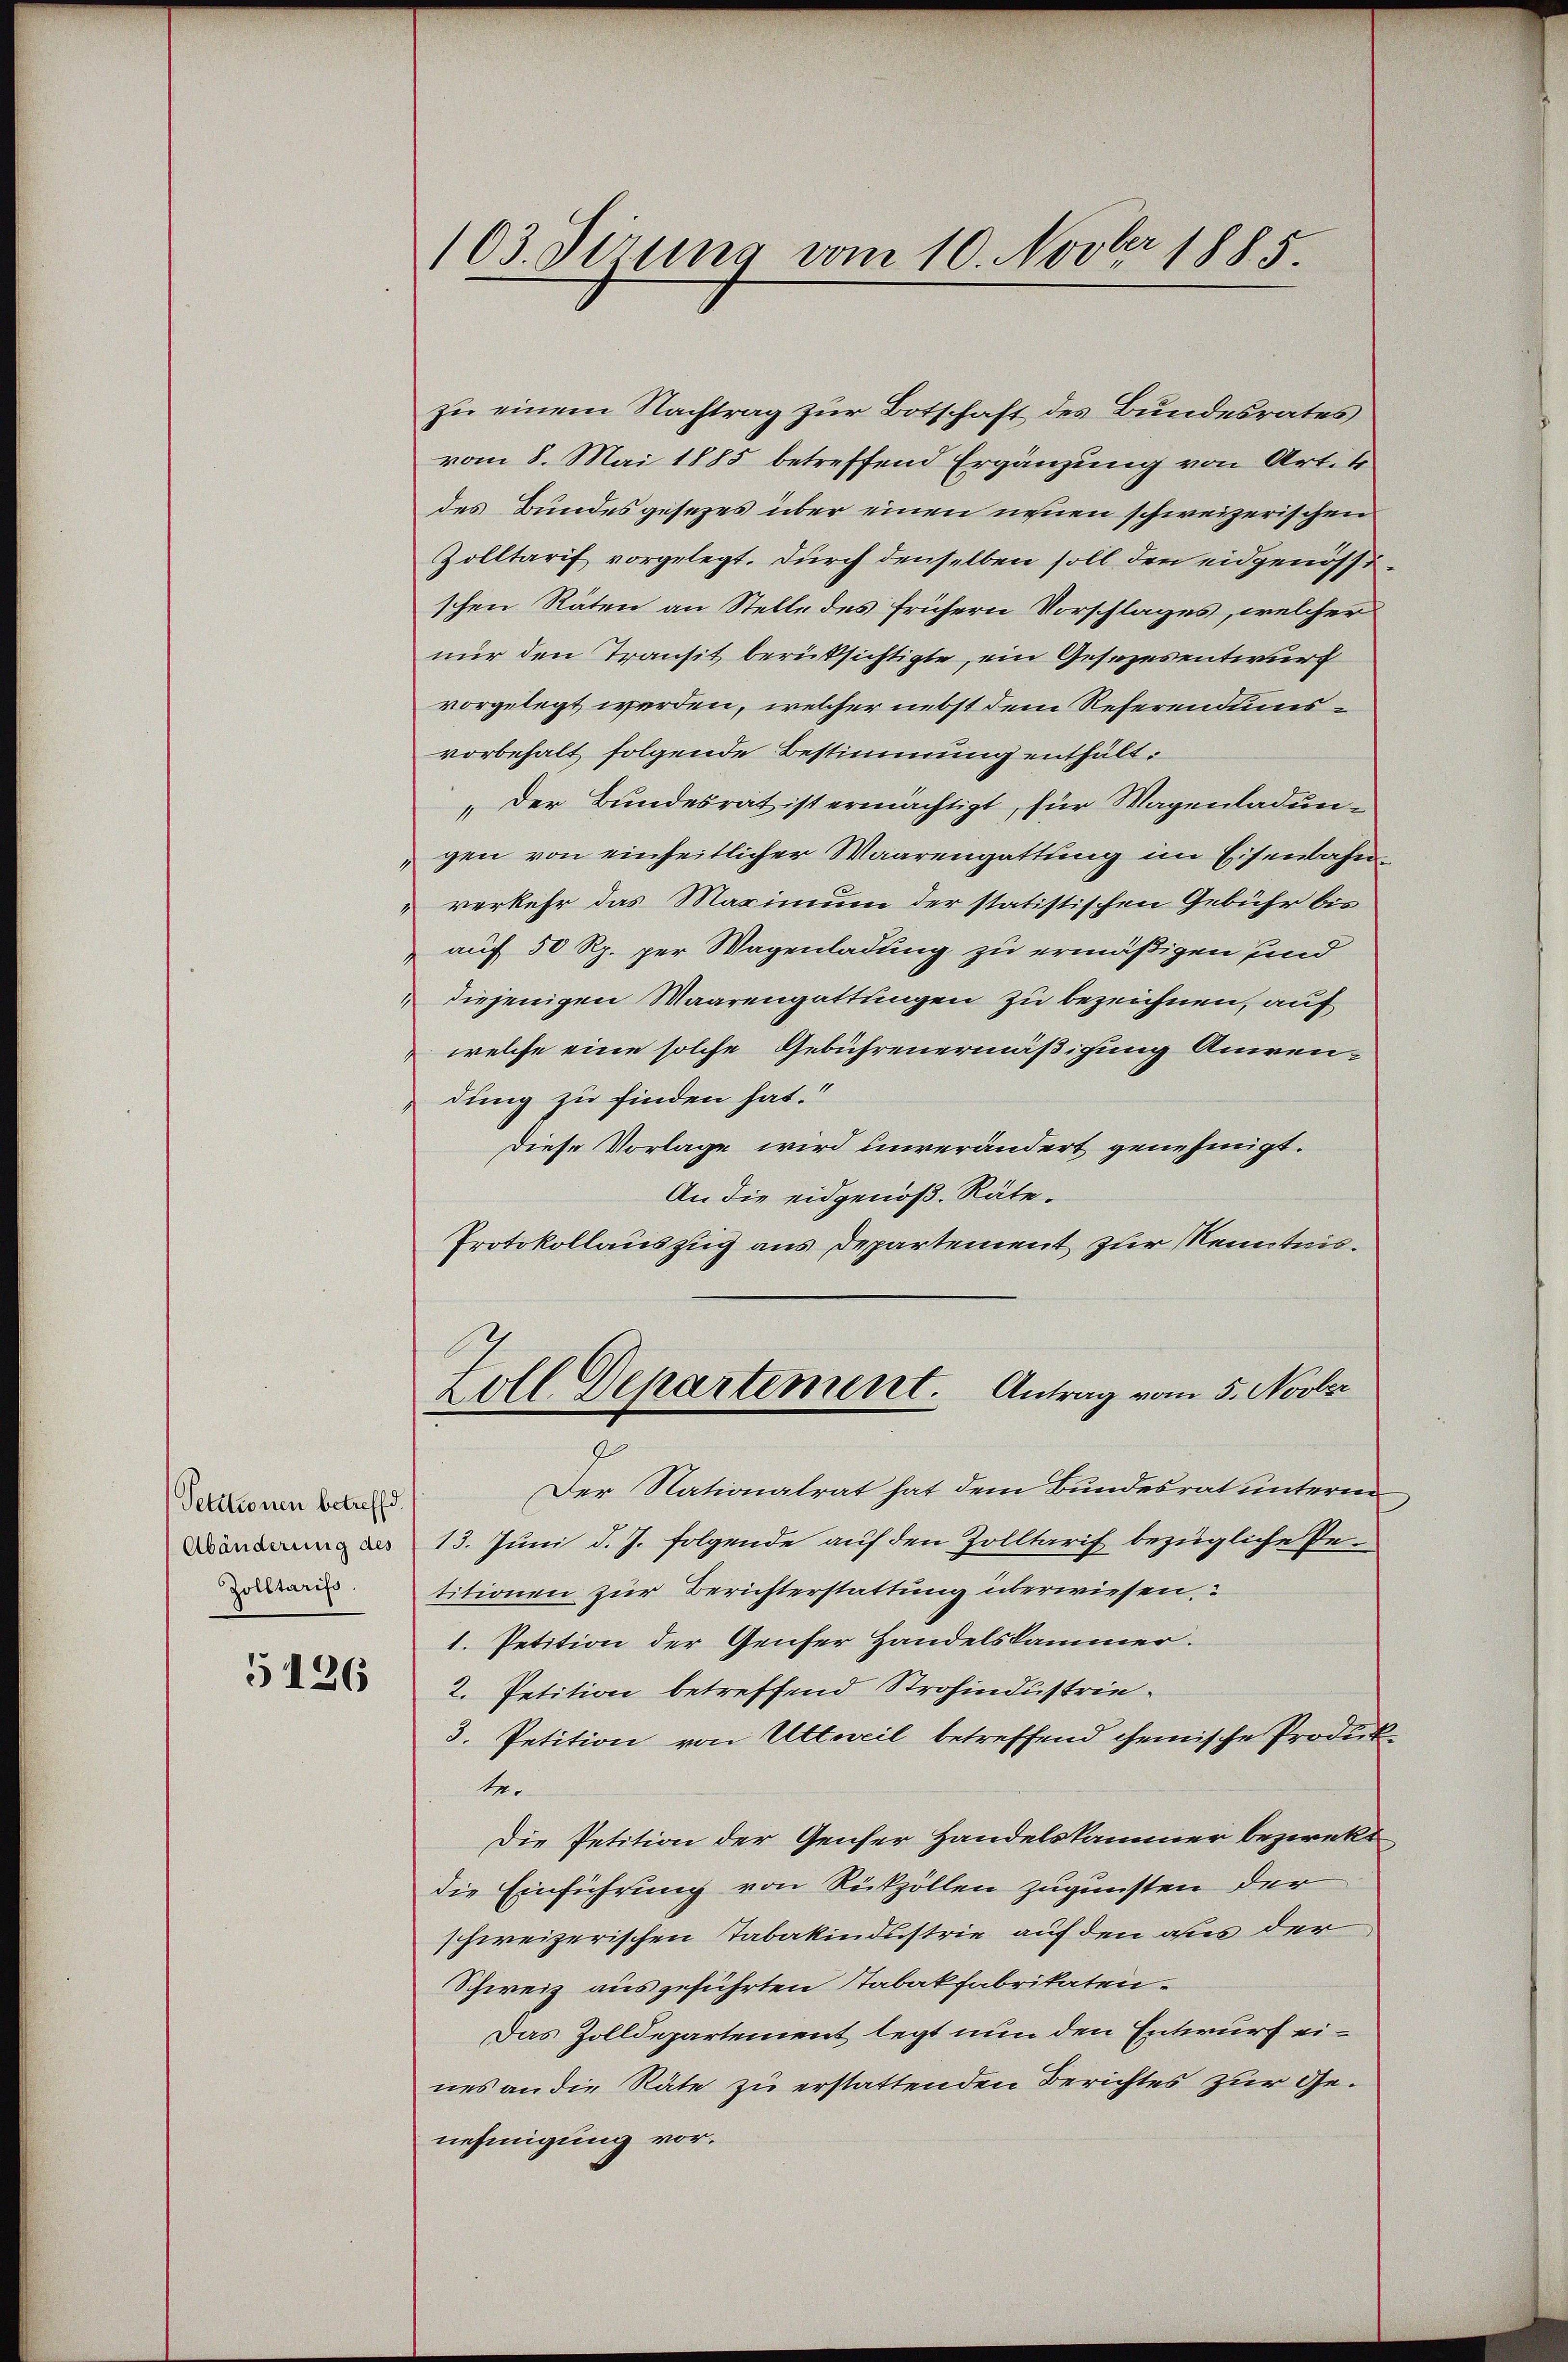
Petitionen betreffd.
Abänderung des
Zolltarifs.

5126

103. dirung vom 10. Novber 1885.

zu einem Nachtrag zur Botschaft des Bundesrates
vom 8. Mai 1885 betreffend Ergänzung von Artik
des Bundesgesezes über einen neuen schweizerischen
Zolltarif vorgelegt. Durch denselben soll den eidgenössischen Räten an Stelle des frühern Vorschlages, welcher
nur den Transit berücksichtigte, ein Gesezesentwurf
vorgelegt werden, welcher nebst dem Referendumsvorbehalt folgende Bestimmung enthält:
„Der Bundesrat ist ermächtigt, für Wagenladungen von einheitlicher Waarengattung im Eisenbahnverkehr das Maximum der statistischen Gebühr bis
auch 50 Rp. per Wagenladung zu ermäßigen und
diejenigen Waarengattungen zu bezeichnen, auf
welche eine solche Gebührenermäßigung Anwendung zu finden hat.“
Diese Vorlage wird unverändert genehmigt.
An die eidgenöß. Räte.
Protokollauszug aus Departement zur Kenntnis.
Loll Departement. Antrag vom 5. Novber
Der Nationalrat hat dem Bundesrat unterm
13. Juni d. J. folgende auf den Zolltarif bezügliche Petitionen zur Berichterstattung überwiesen.
1. Petition der Genfer Handelskammer.
2. Petition betreffend Strohindustrie¬
3. Petition von Ultweil betreffend chemische Produk
1er
Die Petition der Genser Handelskammer beziekt,
die Einführung von Rückzollen zugunsten der
schweizerischen Tabakindustrie auf den aus der
Schweiz ausgeführten Stabakfabrikaten¬
Das Zolldepartement legt nun den Entwurf eines an die Räte zu erstattenden Berichtes zur Genehmigung vor.